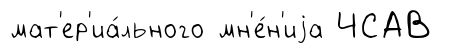
мат'ер'иа́льного мн'е́н'иjа ЧСАВ